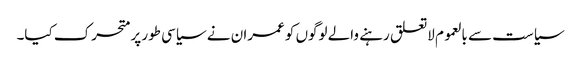
سیاست سے بالعموم لاتعلق رہنے والے لوگوں کو عمران نے سیاسی طور پر متحرک کیا۔